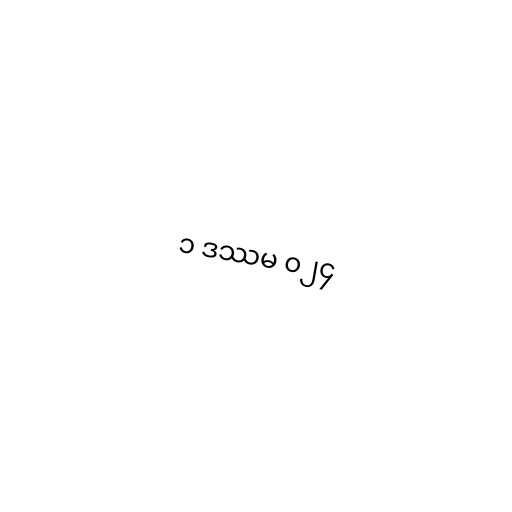
၁ ဒဿမ ၀၂၄